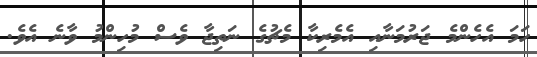
ހަމަ އެހެންމެ ޖަރުމަނާއި އެމެރިކާ މެޗުގެ ނަތިޖާ ވެސް މުހިންމު ވާނެ އެވެ.